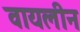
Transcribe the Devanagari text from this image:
वायलीन